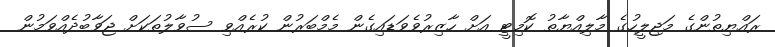
ރައްޔިތުންގެ މަޖިލީހުގެ މާލިއްޔާތު ކޮމިޓީ އަށް ހާޒިރުވެވަޑައިގެން މެމްބަރުން ކުރެއްވި ސުވާލުތަކަށް ޖަވާބުދެއްވަމުން